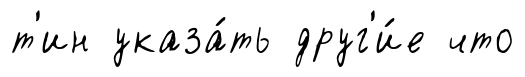
т'ин указа́ть друг'и́е что